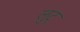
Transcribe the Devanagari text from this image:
लुट्